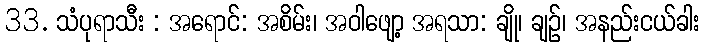
33. သံပုရာသီး : အရောင်: အစိမ်း၊ အဝါဖျော့ အရသာ: ချို၊ ချဉ်၊ အနည်းငယ်ခါး